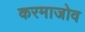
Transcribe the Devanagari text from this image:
करमाजोव